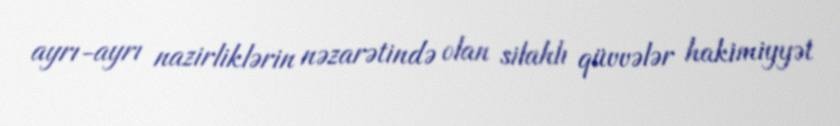
ayrı-ayrı nazirliklərin nəzarətində olan silahlı qüvvələr hakimiyyət